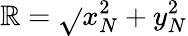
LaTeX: \mathbb{R}=\sqrt{}{{x_{N}^{2}+y_{N}^{2}}}